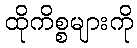
ထိုကိစ္စများကို